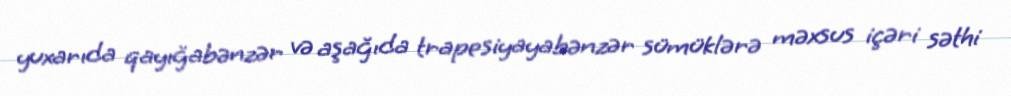
yuxarıda qayığabənzər və aşağıda trapesiyayabənzər sümüklərə məxsus içəri səthi